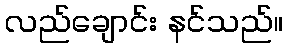
လည်ချောင်း နင်သည်။